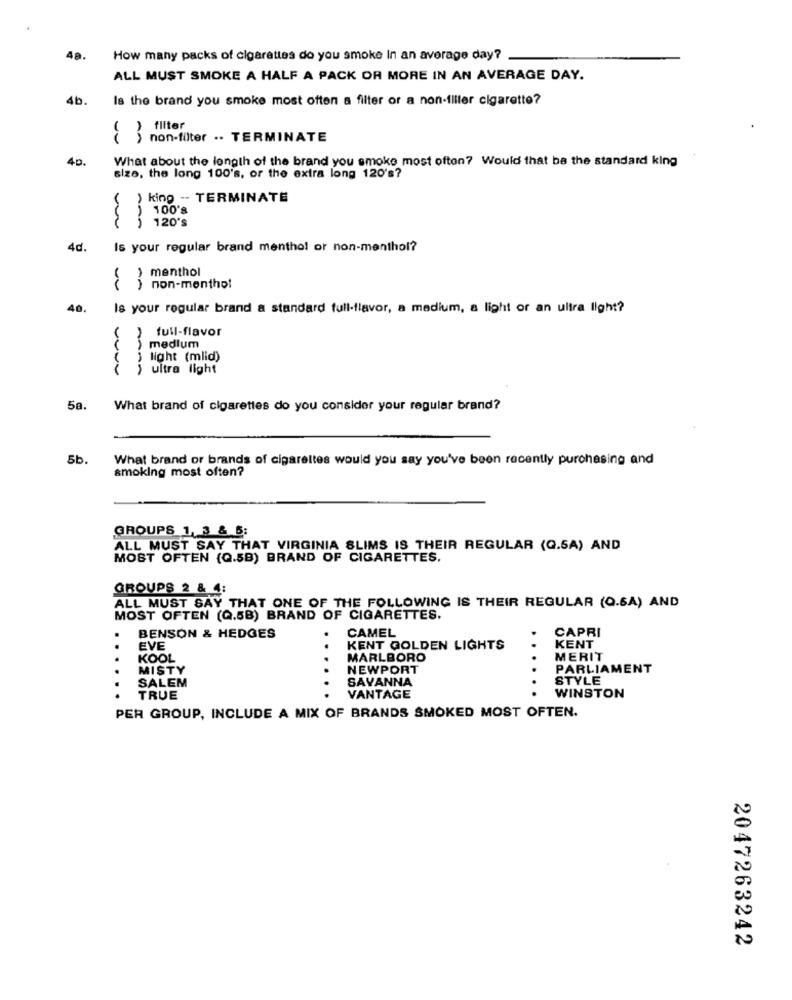
How many packs of cigarettes do you smoke In an average day?
ALL MUST SMOKE A HALF A PACK OR MORE IN AN AVERAGE DAY.
4b.
Is the brand you smoke most often a filter or a non-ililer cigarette?
filter
( ) non-filter .. TERMINATE
40.
What about the length of the brand you smoke most often? Would that ba the standard king
size, the long 100's, or the extra long 120's?
( ) king -- TERMINATE
) 100's
j 120's
4d.
Is your regular brand menthol or non-menthol?
( ) menthol
) non-menthol
40.
Is your regular brand a standard full-flavor, a medium, a light or an ultra light?
( ) full-flavor
medium
j light (mlid)
i ultra light
VUVV
5a.
What brand of cigarettes do you consider your regular brand?
5b.
What brand or brands of cigarettes would you say you've been recently purchasing and
smoking most often?
GROUPS 1, 3 & 6:
ALL MUST SAY THAT VIRGINIA SLIMS IS THEIR REGULAR (Q.SA) AND
MOST OFTEN (Q.5B) BRAND OF CIGARETTES.
GROUPS 2 & 4:
ALL MUST SAY THAT ONE OF THE FOLLOWING IS THEIR REGULAR (Q.SA) AND
MOST OFTEN (Q.5B) BRAND OF CIGARETTES.
CAMEL
CAPRI
BENSON & HEDGES
..
EVE
..
KENT GOLDEN LIGHTS
KENT
.
KOOL
MARLBORO
...
MERIT
MISTY
..
NEWPORT
PARLIAMENT
SALEM
SAVANNA
STYLE
..
TRUE
VANTAGE
WINSTON
PER GROUP, INCLUDE A MIX OF BRANDS SMOKED MOST OFTEN.
2047263242